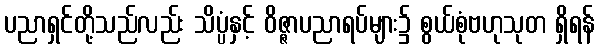
ပညာရှင်တို့သည်လည်း သိပ္ပံနှင့် ဝိဇ္ဇာပညာရပ်များ၌ စွယ်စုံဗဟုသုတ ရှိရန်